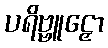
ပရိဗ္ဗူဠှော